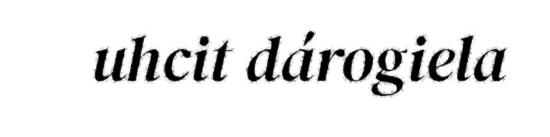
uhcit dárogiela